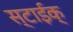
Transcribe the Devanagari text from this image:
स्टाईक्